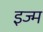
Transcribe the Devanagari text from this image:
इज्म